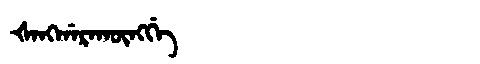
Manchu: ᡧᠠᠩᡤᠠᡵᠠᡴᡡᠩᡤᡝ
Romanization: ŠANGGARAKŪNGGE